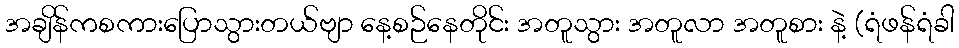
အချိန်ကစကားပြောသွားတယ်ဗျာ နေ့စဉ်နေတိုင်း အတူသွား အတူလာ အတူစား နဲ့ (ရံဖန်ရံခါ